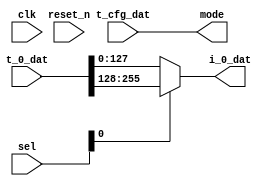


module funnel_dat_2_1 (
    input        [255:0] t_0_dat,
    input        [7:0] t_cfg_dat, // config

    output       [127:0] i_0_dat,
    input        [7:0] sel,
    output       [7:0] mode,
    input clk, reset_n
);

// controller
assign mode = t_cfg_dat;

// initial assignment

wire [127:0] dat0_0; assign dat0_0 = t_0_dat[127:0];
wire [127:0] dat0_1; assign dat0_1 = t_0_dat[255:128];


wire [127:0] dat1_0; assign dat1_0 = sel[0] ? dat0_1 : dat0_0;

assign i_0_dat = dat1_0;

endmodule